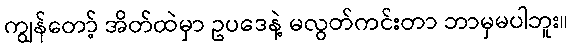
ကျွန်တော့် အိတ်ထဲမှာ ဥပဒေနဲ့ မလွတ်ကင်းတာ ဘာမှမပါဘူး။